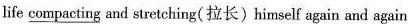
life corpacting und sretchitg( 拉长〉himself again and again